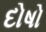
દોષો